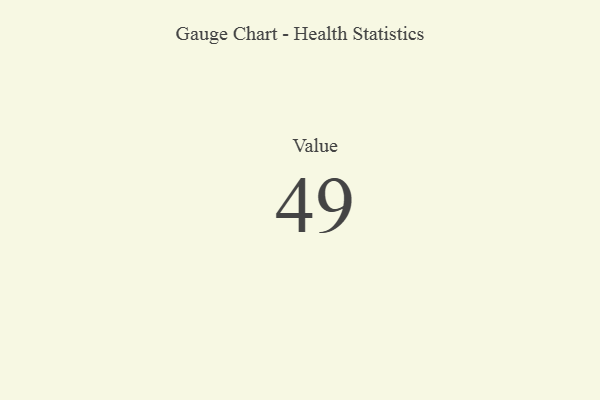
{"axis": {"x": "Metric", "y": "Value"}, "legend": [""], "data": [{"x": "Value", "y": 49, "type": ""}]}